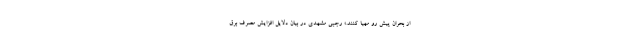
از بحران پیش رو مهیا کنند.» رجبی مشهدی در بیان دلایل افزایش مصرف برق